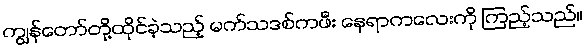
ကျွန်တော်တို့ထိုင်ခဲ့သည့် မက်သဒစ်ကဖီး နေရာကလေးကို ကြည့်သည်။